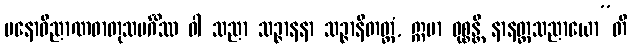
မနောဝိညာဏဓာတုသမင်္ဂိဿ ဝါ သညာ သဉ္ဇာနနာ သဉ္ဇာနိတတ္တံ, ဣမာ ဝုစ္စန္တိ နာနတ္တသညာယော”တိ